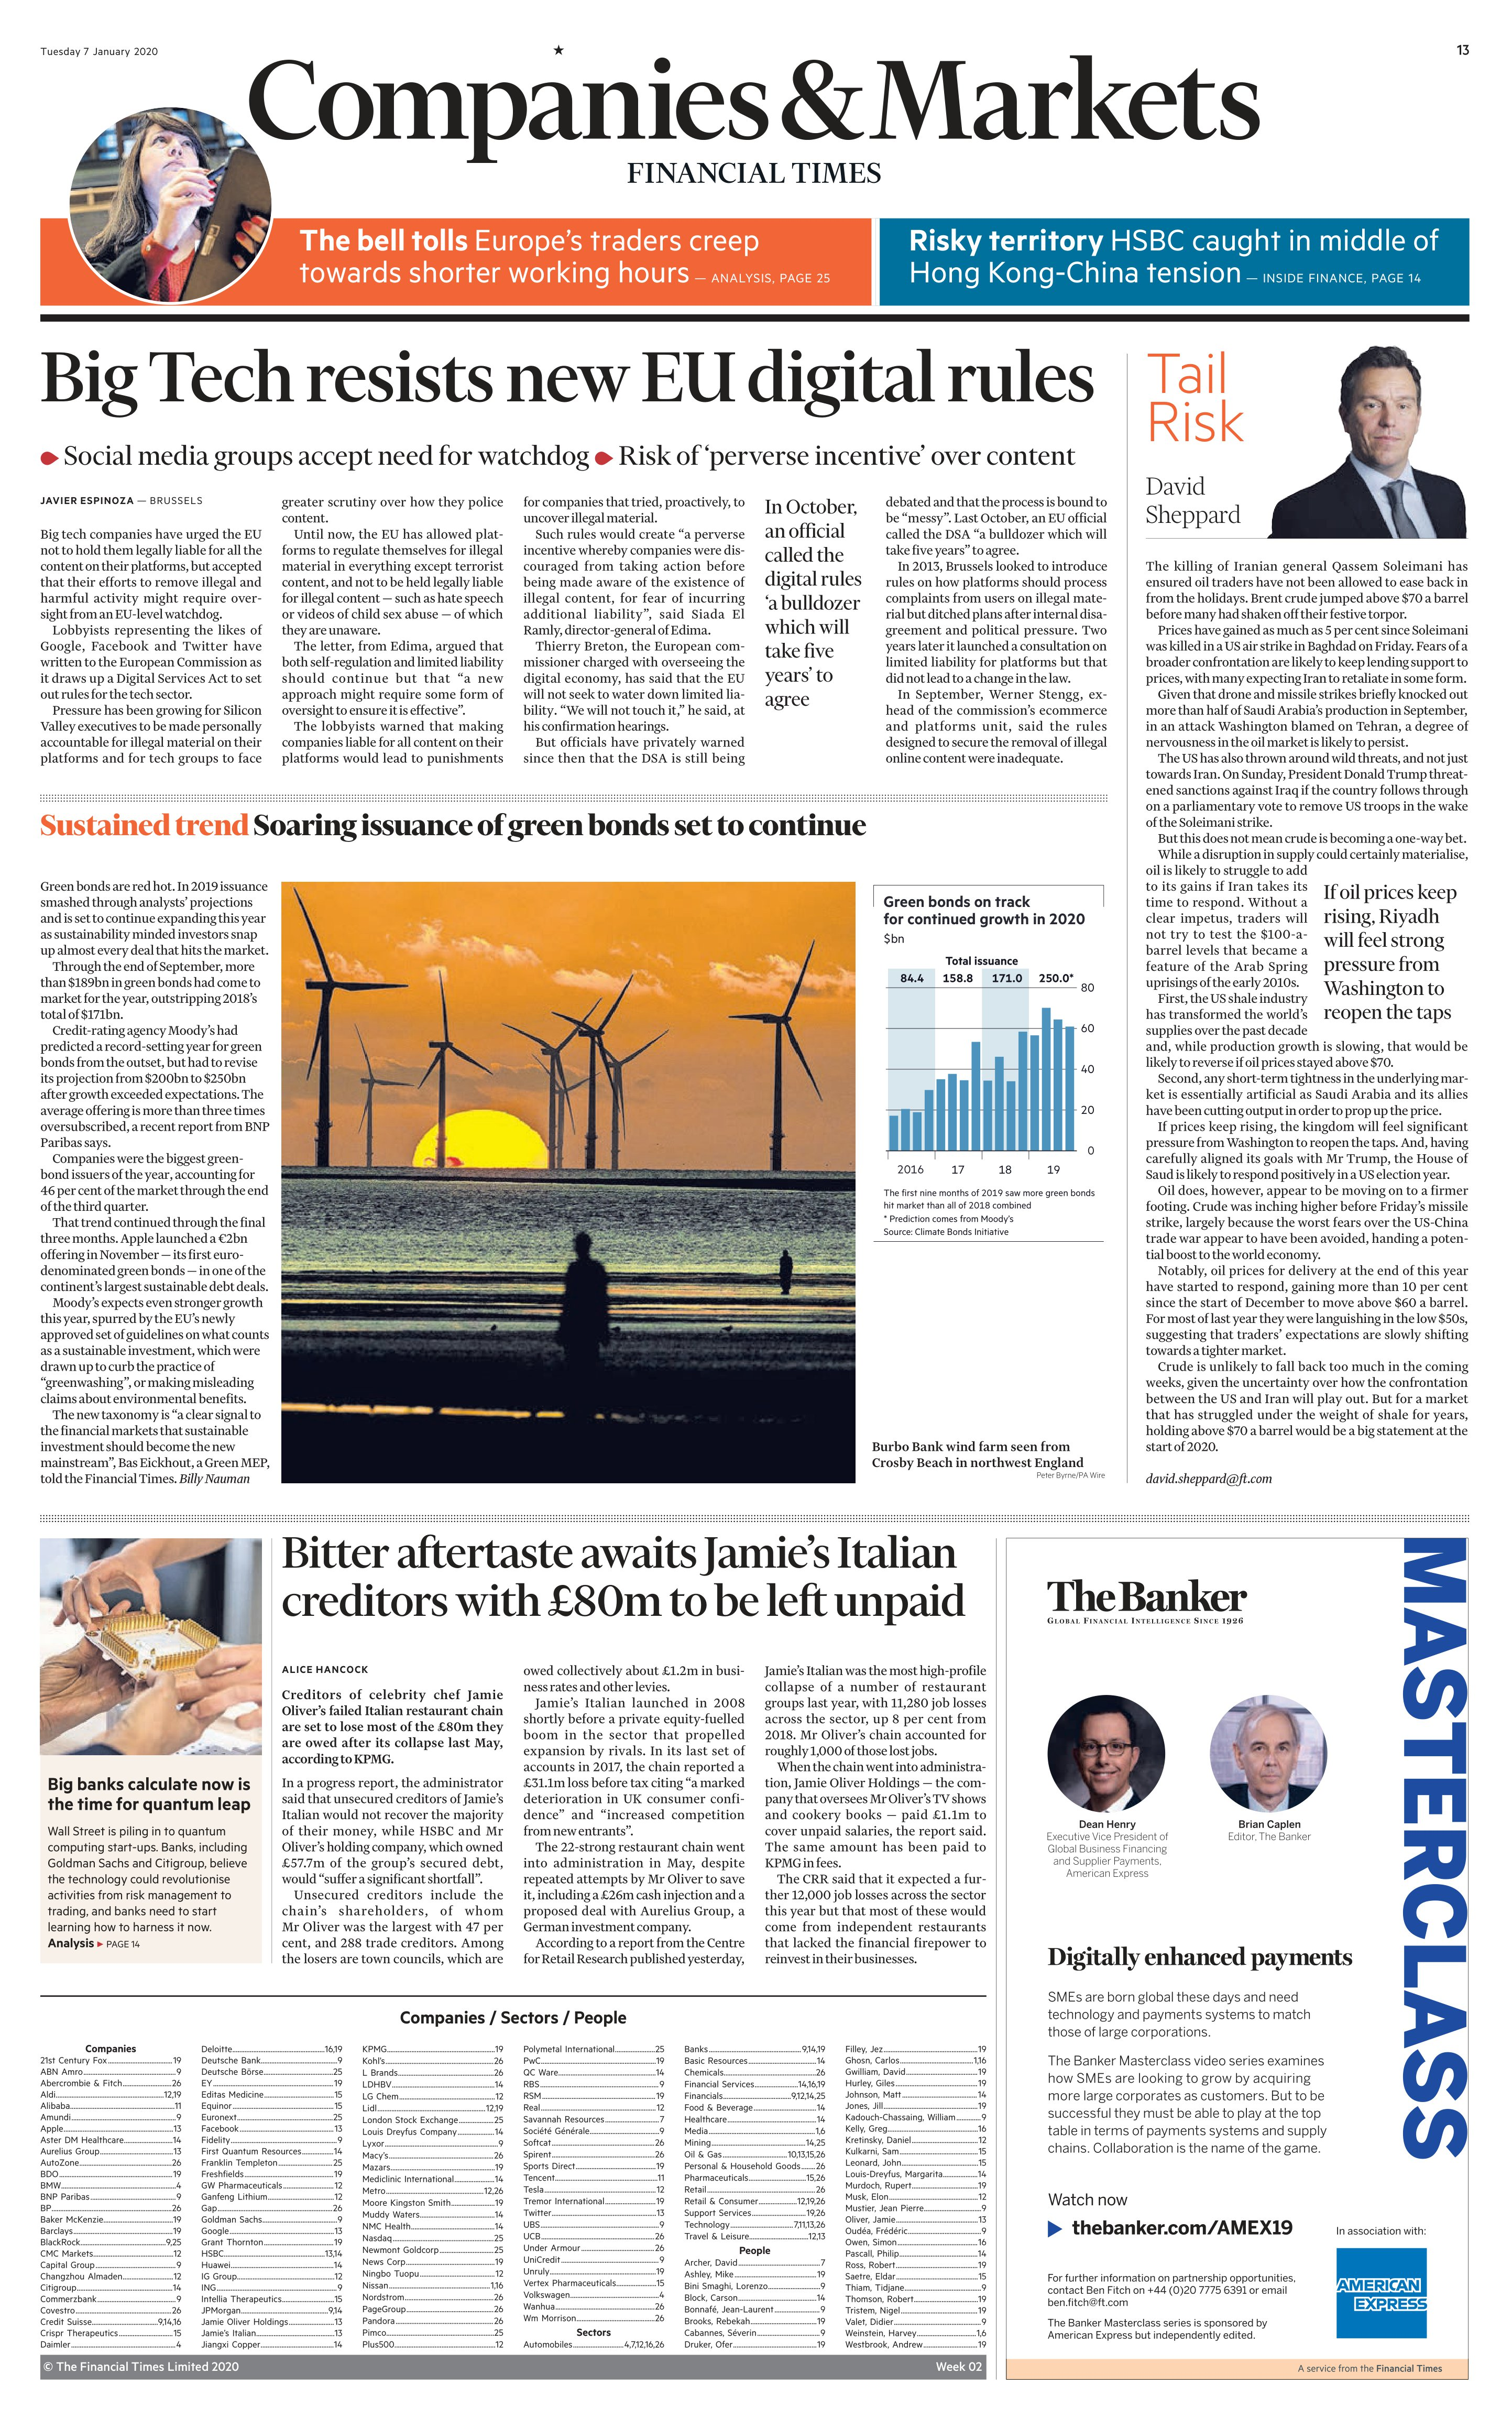
Language: en